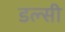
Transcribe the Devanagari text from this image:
डल्सी